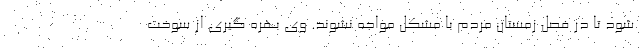
شود تا در فصل زمستان مردم با مشکل مواجه نشوند. وی بهره گیری از سوخت